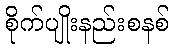
စိုက်ပျိုးနည်းစနစ်